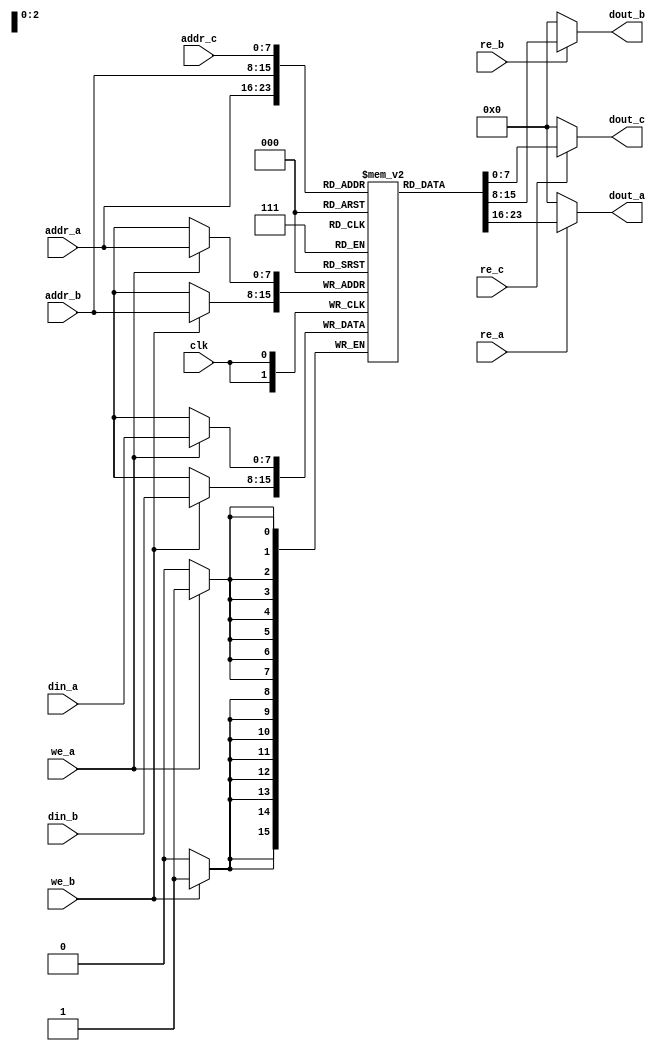
module triple_port_ram #(
    parameter DATA_WIDTH = 8,     // Width of each memory cell
    parameter ADDR_WIDTH = 8,     // Width of the address bus
    parameter DEPTH = 1 << ADDR_WIDTH // Total depth of memory
)(
    input wire clk,                // Common clock signal
    // Port A
    input wire [ADDR_WIDTH-1:0] addr_a, // Address for Port A
    input wire [DATA_WIDTH-1:0] din_a,   // Data input for Port A
    input wire we_a,                    // Write enable for Port A
    input wire re_a,                    // Read enable for Port A
    output reg [DATA_WIDTH-1:0] dout_a, // Data output for Port A

    // Port B
    input wire [ADDR_WIDTH-1:0] addr_b, // Address for Port B
    input wire [DATA_WIDTH-1:0] din_b,   // Data input for Port B
    input wire we_b,                    // Write enable for Port B
    input wire re_b,                    // Read enable for Port B
    output reg [DATA_WIDTH-1:0] dout_b, // Data output for Port B

    // Port C
    input wire [ADDR_WIDTH-1:0] addr_c, // Address for Port C
    input wire re_c,                    // Read enable for Port C
    output reg [DATA_WIDTH-1:0] dout_c  // Data output for Port C
);

    // Memory array
    reg [DATA_WIDTH-1:0] memory [0:DEPTH-1];

    // Synchronous read/write operation
    always @(posedge clk) begin
        // Port A Write Operation
        if (we_a) begin
            memory[addr_a] <= din_a;
        end

        // Port B Write Operation
        if (we_b) begin
            memory[addr_b] <= din_b;
        end
    end

    // Read operations
    always @(*) begin
        // Default outputs
        dout_a = {DATA_WIDTH{1'b0}};
        dout_b = {DATA_WIDTH{1'b0}};
        dout_c = {DATA_WIDTH{1'b0}};

        // Port A Read Operation
        if (re_a) begin
            dout_a = memory[addr_a];
        end

        // Port B Read Operation
        if (re_b) begin
            dout_b = memory[addr_b];
        end

        // Port C Read Operation
        if (re_c) begin
            dout_c = memory[addr_c];
        end
    end

endmodule